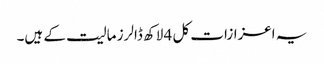
یہ اعزازات کل 4 لاکھ ڈالرز مالیت کے ہیں۔